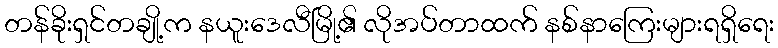
တန်ခိုးရှင်တချို့က နယူးဒေလီမြို့၏ လိုအပ်တာထက် နစ်နာကြေးများရရှိရေး